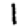
Digit: 1